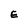
Character: E